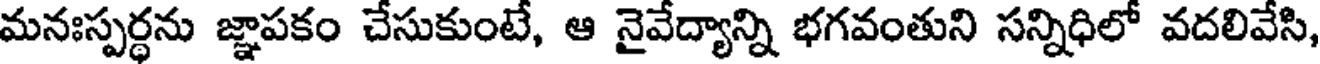
మనఃస్పర్ధను జ్ఞాపకం చేసుకుంటే, ఆ నైవేద్యాన్ని భగవంతుని సన్నిధిలో వదలివేసి,